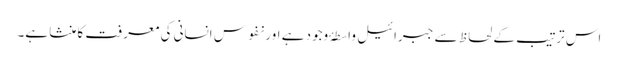
اس ترتیب کے لحاظ سے جبرائیل واسطۂ وجود ہے اور نفوس انسانی کی معرفت کا منشا ہے۔